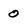
Character: 0